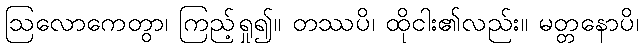
ဩလောကေတွာ၊ ကြည့်ရှု၍။ တဿပိ၊ ထိုငါး၏လည်း။ မတ္တနောပိ၊